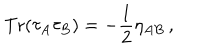
LaTeX: { \mathrm { T r } } ( \tau _ { A } \tau _ { B } ) = - \frac 1 2 \eta _ { A B } \, ,